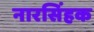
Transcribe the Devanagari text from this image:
नारसिंहक